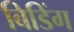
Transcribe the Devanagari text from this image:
बिडिंग